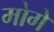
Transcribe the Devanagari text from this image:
मोगे